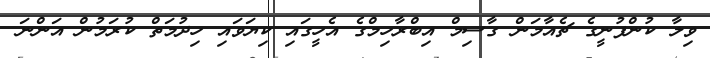
ވިލާ ކުންފުނީގެ ޗެއާމަން ގާސިމް އިބްރާހިމްގެ އެހީގައި ކިޔަވައި ހިދުމަތް ކުރަމުން އަންނަ